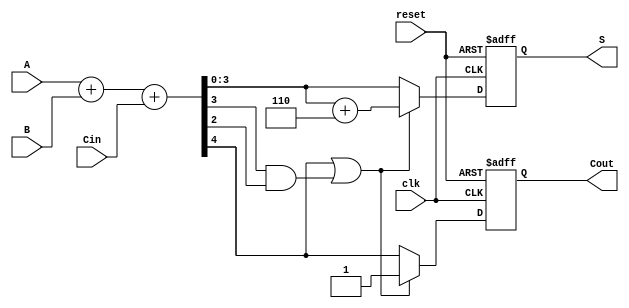
module bcd_adder (
    input wire [3:0] A,        // First BCD digit
    input wire [3:0] B,        // Second BCD digit
    input wire Cin,            // Carry input
    input wire clk,            // Clock signal
    input wire reset,          // Reset signal
    output reg [3:0] S,        // BCD result
    output reg Cout            // Carry out signal
);

    wire [4:0] Sum;            // 5-bit sum to hold A + B + Cin
    wire correction;           // Correction signal for BCD adjustment

    // Binary addition of A, B, and Cin
    assign Sum = A + B + Cin;

    // BCD correction logic
    always @(*) begin
        // If Sum is greater than 9, we need to correct
        correction = (Sum[4] | Sum[3] & Sum[2]); // Check if Sum > 9
    end
    
    // Synchronous logic block
    always @(posedge clk or posedge reset) begin
        if (reset) begin
            S <= 4'b0000;  // Reset BCD result to 0
            Cout <= 1'b0;  // Reset carry out to 0
        end else begin
            if (correction) begin
                S <= Sum[3:0] + 4'b0110;  // Correct result by adding 6
                Cout <= 1'b1;             // Set carry out since we corrected
            end else begin
                S <= Sum[3:0];            // No correction needed
                Cout <= Sum[4];           // Carry out from binary addition
            end
        end
    end
endmodule